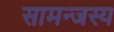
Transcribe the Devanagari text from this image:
सामन्‍जस्‍य